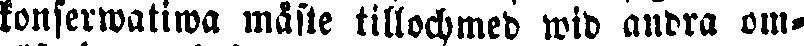
konserwatiwa måste tillochmed wid andra om-